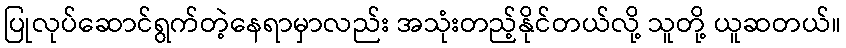
ပြုလုပ်ဆောင်ရွက်တဲ့နေရာမှာလည်း အသုံးတည့်နိုင်တယ်လို့ သူတို့ ယူဆတယ်။